Lunatic asylums United Prov. 1922-30 - 1922-1930
Year: 1922
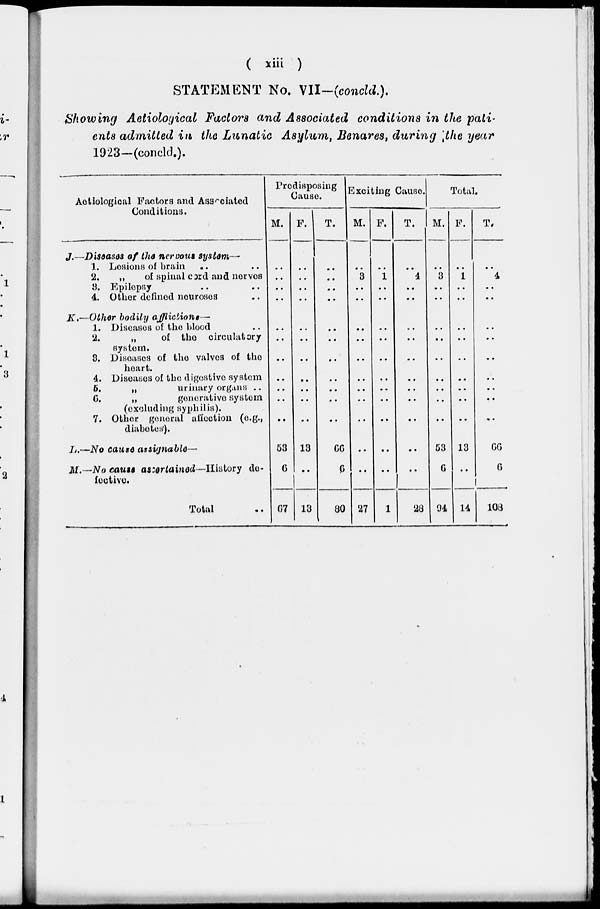
( xiii )
STATEMENT No. VII-(concld.).
Showing Aetiological Factors and Associated conditions in the pati-
ents admitted in the Lunatic Asylum, Benares, during the year
1923—(concld.).
Aetiological Factors and Associated
Conditions.
J.—
K.—
L.—
M.—
Diseases of the nervous system—
1. Lesions of brain .. ..
2.
„
of spinal cord and nerves
3. Epilepsy .. ..
4. Other defined neuroses ..
Other bodily afflictions—
1. Diseases of the blood ..
2.
„
of the circulatory
system.
3. Diseases of the valves of the
heart.
4. Diseases of the digestive system
5.
„
urinary orgsns ..
6.
„
generative
system
(excluding Syphilis).
7. Other general affection (e. g.,
diabetes).
No cause assignable—
No cause ascertained—History de-
fective.
Total ..
Predisposing
Cause.
M.
..
..
..
..
..
..
..
..
..
..
..
53
6
67
F.
..
..
..
..
..
..
..
..
..
..
..
13
..
13
T.
..
..
..
..
..
..
..
..
..
..
..
66
6
80
Exciting Cause.
M.
..
3
..
..
..
..
..
..
..
..
..
..
..
27
F.
..
1
..
..
..
..
..
..
..
..
..
..
..
1
T.
..
4
..
..
..
..
..
..
..
..
..
..
..
28
Total.
M.
..
3
..
..
..
..
..
..
..
..
..
53
6
94
F.
..
1
..
..
..
..
..
..
..
..
..
13
..
14
T.
..
4
..
..
..
..
..
..
..
..
..
66
6
108